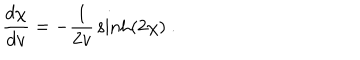
{ \frac { d \chi } { d v } } = - { \frac { 1 } { 2 v } } \sinh ( 2 \chi ) \ .